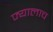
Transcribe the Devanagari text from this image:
ज्यालाच